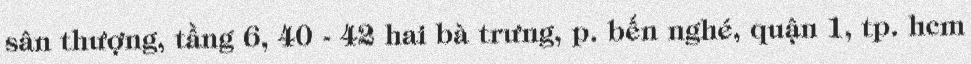
sân thượng, tầng 6, 40 - 42 hai bà trưng, p. bến nghé, quận 1, tp. hcm